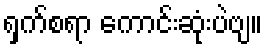
ရှက်စရာ ကောင်းဆုံးပဲဗျ။